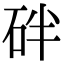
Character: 𥑍